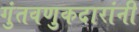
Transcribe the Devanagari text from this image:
गुंतवणुकदारांनी